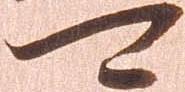
可